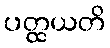
ပတ္ထယတိ